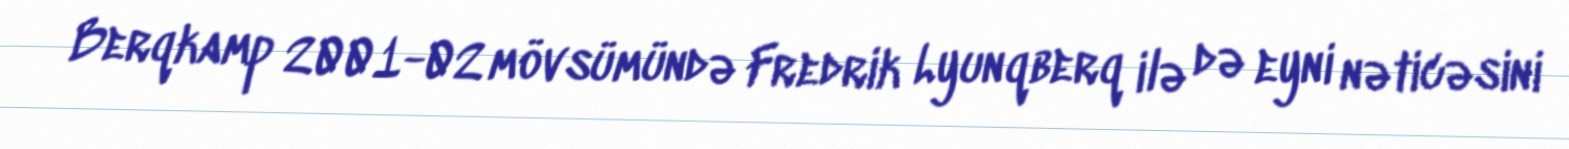
Berqkamp 2001-02 mövsümündə Fredrik Lyunqberq ilə də eyni nəticəsini